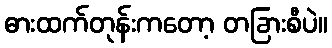
ဓားထက်တုန်းကတော့ တခြားစီပဲ။